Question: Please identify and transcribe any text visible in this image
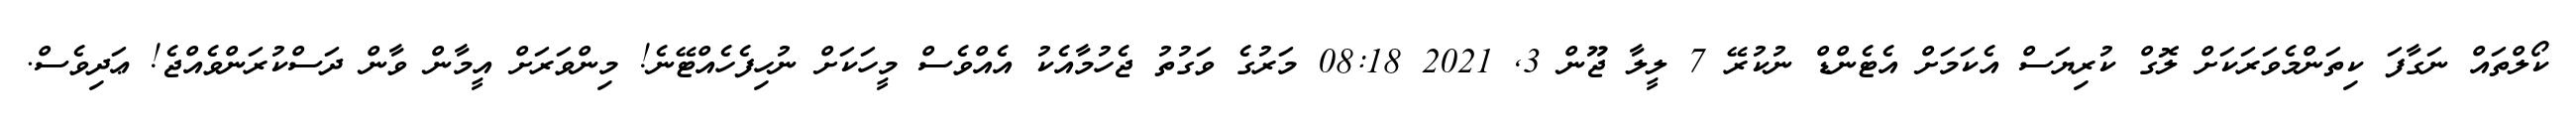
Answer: ކޯލްތައް ނަގާފަ ކިތަންމެވަރަކަށް ލޮގް ކުރިޔަސް އެކަމަށް އެޓެންޑް ނުކުރޭ 7 ލީލާ ޖޫން 3, 2021 08:18 މަރުގެ ވަގުތު ޖެހުމާއެކު އެއްވެސް މީހަކަށް ނުހިފެހެއްޓޭނެ! މިންވަރަށް އީމާން ވާން ދަސްކުރަންވެއްޖެ! ޢަދިވެސް.